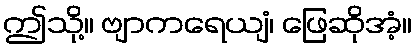
ဤသို့။ ဗျာကရေယျံ၊ ဖြေဆိုအံ့။